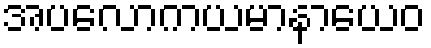
အပလောကယမာနာယေဝ